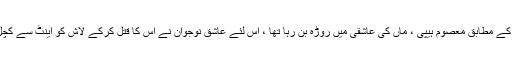
پولیس کے مطابق معصوم ہیپی ، ماں کی عاشقی میں روڑہ بن رہا تھا ، اس لئے عاشق نوجوان نے اس کا قتل کرکے لاش کو اینٹ سے کچل ڈالا ۔